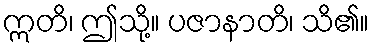
ဣတိ၊ ဤသို့။ ပဇာနာတိ၊ သိ၏။